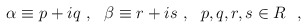
\begin{align*}\alpha \equiv p+iq~,~~\beta \equiv r+is~,~~p,q,r,s \in {\boldmath R}~~,\end{align*}